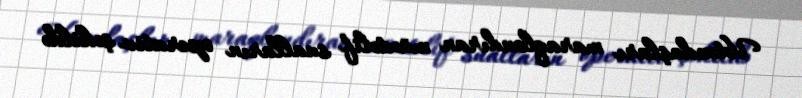
Vətəndaşları maraqlandıran müxtəlif sualların operativ şəkildə